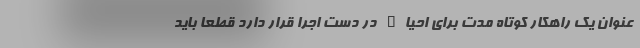
عنوان یک راهکار کوتاه مدت برای احیاء در دست اجرا قرار دارد قطعا باید